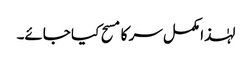
لہٰذا مکمل سر کا مسح کیا جائے۔